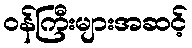
ဝန်ကြီးများအဆင့်